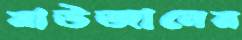
রাউজানের